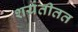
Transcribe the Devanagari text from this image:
शर्यतीतत